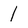
Character: 1